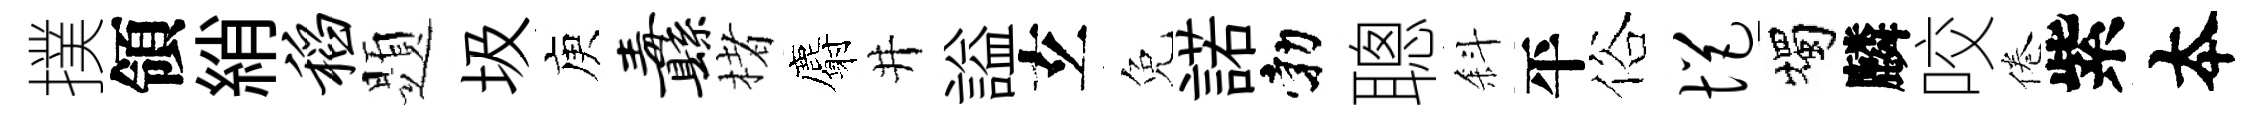
撲領綃稻題圾庾纛楮麝井謚𤣥免諾勃聰斜平俗悒燭麟咬倦紫夲